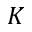
K